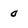
Character: 0